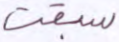
سبقت